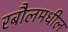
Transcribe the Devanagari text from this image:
रबौलमधील